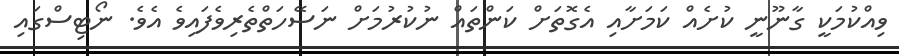
ވިއްކުމަކީ ގާނޫނީ ކުށެއް ކަމަށާއި އެގޮތަށް ކަންތައް ނުކުރުމަށް ނަސޭހަތްތެރިވެފައިވެ އެވެ. ނޯޓިސްގައި